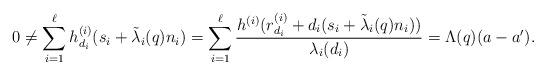
LaTeX: \begin{align*}0\neq \sum_{i=1}^{\ell} h^{(i)}_{d_i}(s_i+\tilde{\lambda}_i(q)n_i)=\sum_{i=1}^{\ell}\frac{h^{(i)}(r_{d_i}^{(i)}+d_i(s_i+\tilde{\lambda}_i(q)n_i))}{\lambda_i(d_i)}=\Lambda(q)(a-a').\end{align*}